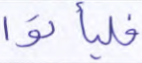
فليأتوا